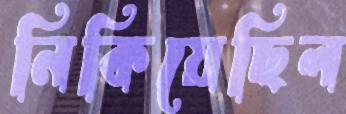
নিকিয়েছিল